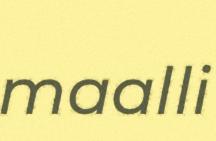
maalli